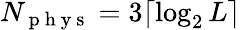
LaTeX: N_{\mathrm{~p~h~y~s~}}=3\lceil\log_{2}L\rceil